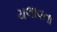
ચલાવતા